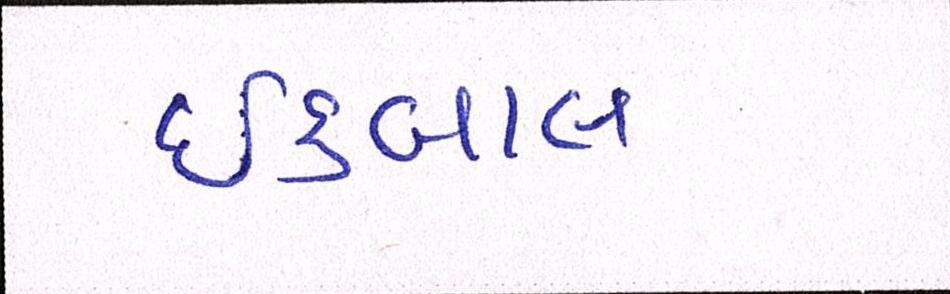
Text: ઈકબાલ